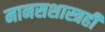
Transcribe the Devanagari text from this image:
मानसशास्त्रही